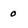
Character: 0